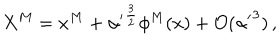
X ^ { M } = x ^ { M } + { \alpha ^ { \prime } } ^ { \frac { 3 } { 2 } } \phi ^ { M } ( x ) + { \cal O } ( { \alpha ^ { \prime } } ^ { 3 } ) \, ,